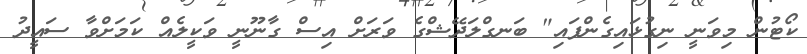
ކޯޓުން މިވަނީ ނިގުޅައިގެންފައި" ބަނގްލަދޭޝްގެ ވަރަށް އިސް ގާނޫނީ ވަކީލެއް ކަމަށްވާ ސައީދު